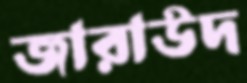
জারাউদ